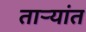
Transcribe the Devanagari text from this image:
ताऱ्यांत